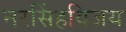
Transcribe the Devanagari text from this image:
नरसिंहविजय